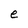
Character: e